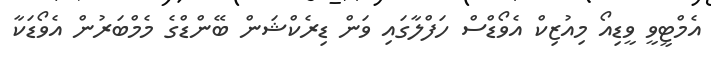
އެމްޓީވީ ވީޑިއޯ މިއުޒިކް އެވޯޑްސް ހަފްލާގައި ވަން ޑިރެކްޝަން ބޭންޑްގެ މެމްބަރުން އެވޯޑަކާ